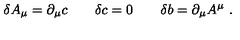
\delta A _ { \mu } = \partial _ { \mu } c \qquad \delta c = 0 \qquad \delta b = \partial _ { \mu } A ^ { \mu } \ .